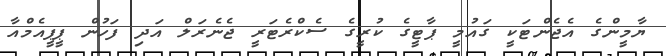
ޔާމީންގެ އެޖެންޓަކީ ގައުމީ ޕާޓީގެ ކުރީގެ ސެކްރެޓަރީ ޖެނެރަލް އަދި ފަހުން ޕީޕީއެމްއާ